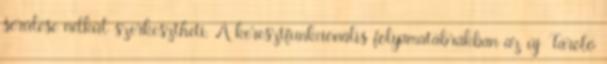
sérülése nélkül szerkesztheti. A keresztfunkcionális folyamatábrákban az új Tároló